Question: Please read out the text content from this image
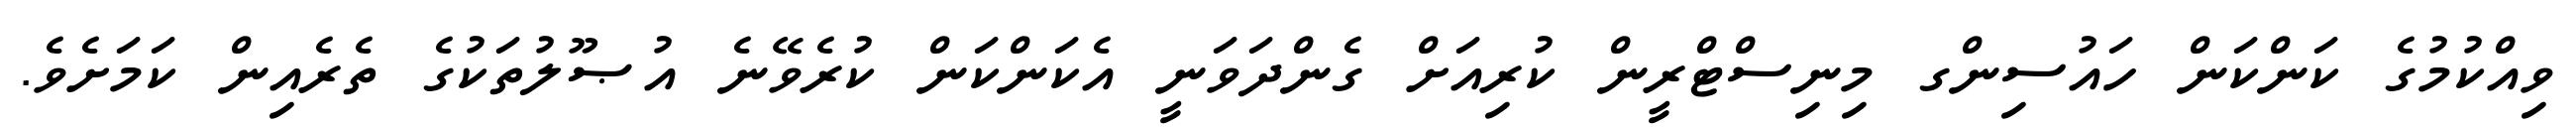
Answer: ވިއްކުމުގެ ކަންކަން ހައުސިންގ މިނިސްޓްރީން ކުރިއަށް ގެންދަވަނީ އެކަންކަން ކުރެވޭނެ އުޞޫލުތަކުގެ ތެރެއިން ކަމަށެވެ.